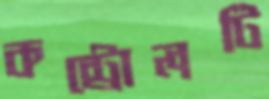
কন্ট্রোলটি